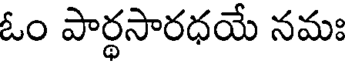
ఓం పార్థసారధయే నమః